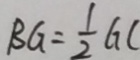
B G = \frac { 1 } { 2 } G C